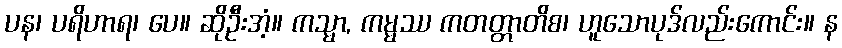
ပန၊ ပရိဟာရ၊ ပေ။ ဆိုဦးအံ့။ ကသ္မာ, ကမ္မဿ ကတတ္တာတိစ၊ ဟူသောပုဒ်လည်းကောင်း။ န